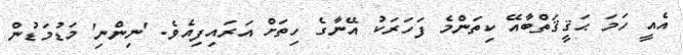
އެއީ ހަމަ ޙަޤީޤަތްބާއޭ ކިތަންމެ ފަހަރަކު އޭނާގެ ހިތަށް އަރައިފިއެވެ. 'ނިންނި' މަޑުމަޑުން